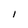
Character: l